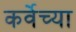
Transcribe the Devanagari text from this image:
कर्वेच्या